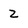
Character: Z